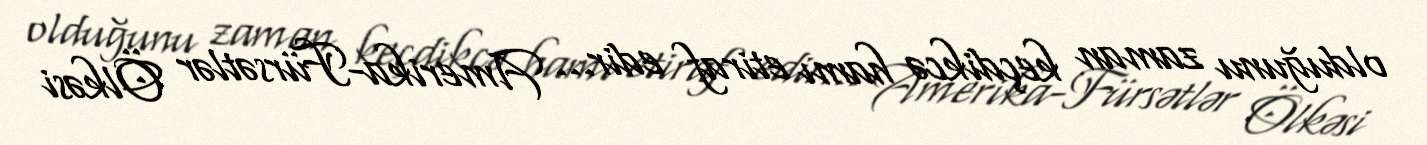
olduğunu zaman keçdikcə hamı etiraf edir... Amerika-Fürsətlər Ölkəsi